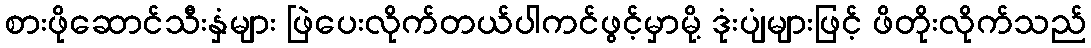
စားဖိုဆောင်သီးနှံများ ဖြဲပေးလိုက်တယ်ပါကင်ဖွင့်မှာမို့ ဒုံးပျံများဖြင့် ဖိတိုးလိုက်သည်